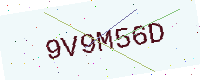
Text: 9V9M56D